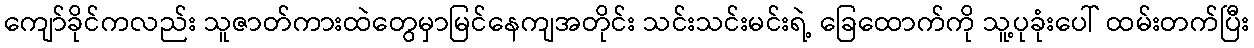
ကျော်ခိုင်ကလည်း သူဇာတ်ကားထဲတွေမှာမြင်နေကျအတိုင်း သင်းသင်းမင်းရဲ့ ခြေထောက်ကို သူ့ပုခုံးပေါ် ထမ်းတက်ပြီး